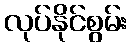
လုပ်နိုင်စွမ်း